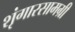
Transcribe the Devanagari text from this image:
शृंगारसामग्री